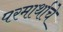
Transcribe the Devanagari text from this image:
परमार्थाचे